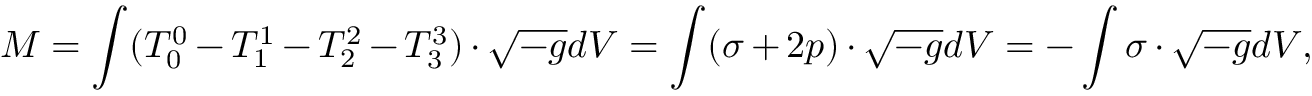
M = \int ( T _ { 0 } ^ { 0 } - T _ { 1 } ^ { 1 } - T _ { 2 } ^ { 2 } - T _ { 3 } ^ { 3 } ) \cdot \sqrt { - g } d V = \int ( \sigma + 2 p ) \cdot \sqrt { - g } d V = - \int \sigma \cdot \sqrt { - g } d V ,